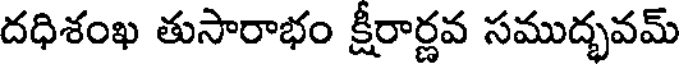
దధిశంఖ తుసారాభం క్షీరార్ణవ సముద్భవమ్